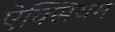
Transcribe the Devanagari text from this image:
ऐक्सियम